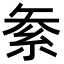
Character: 𥿅